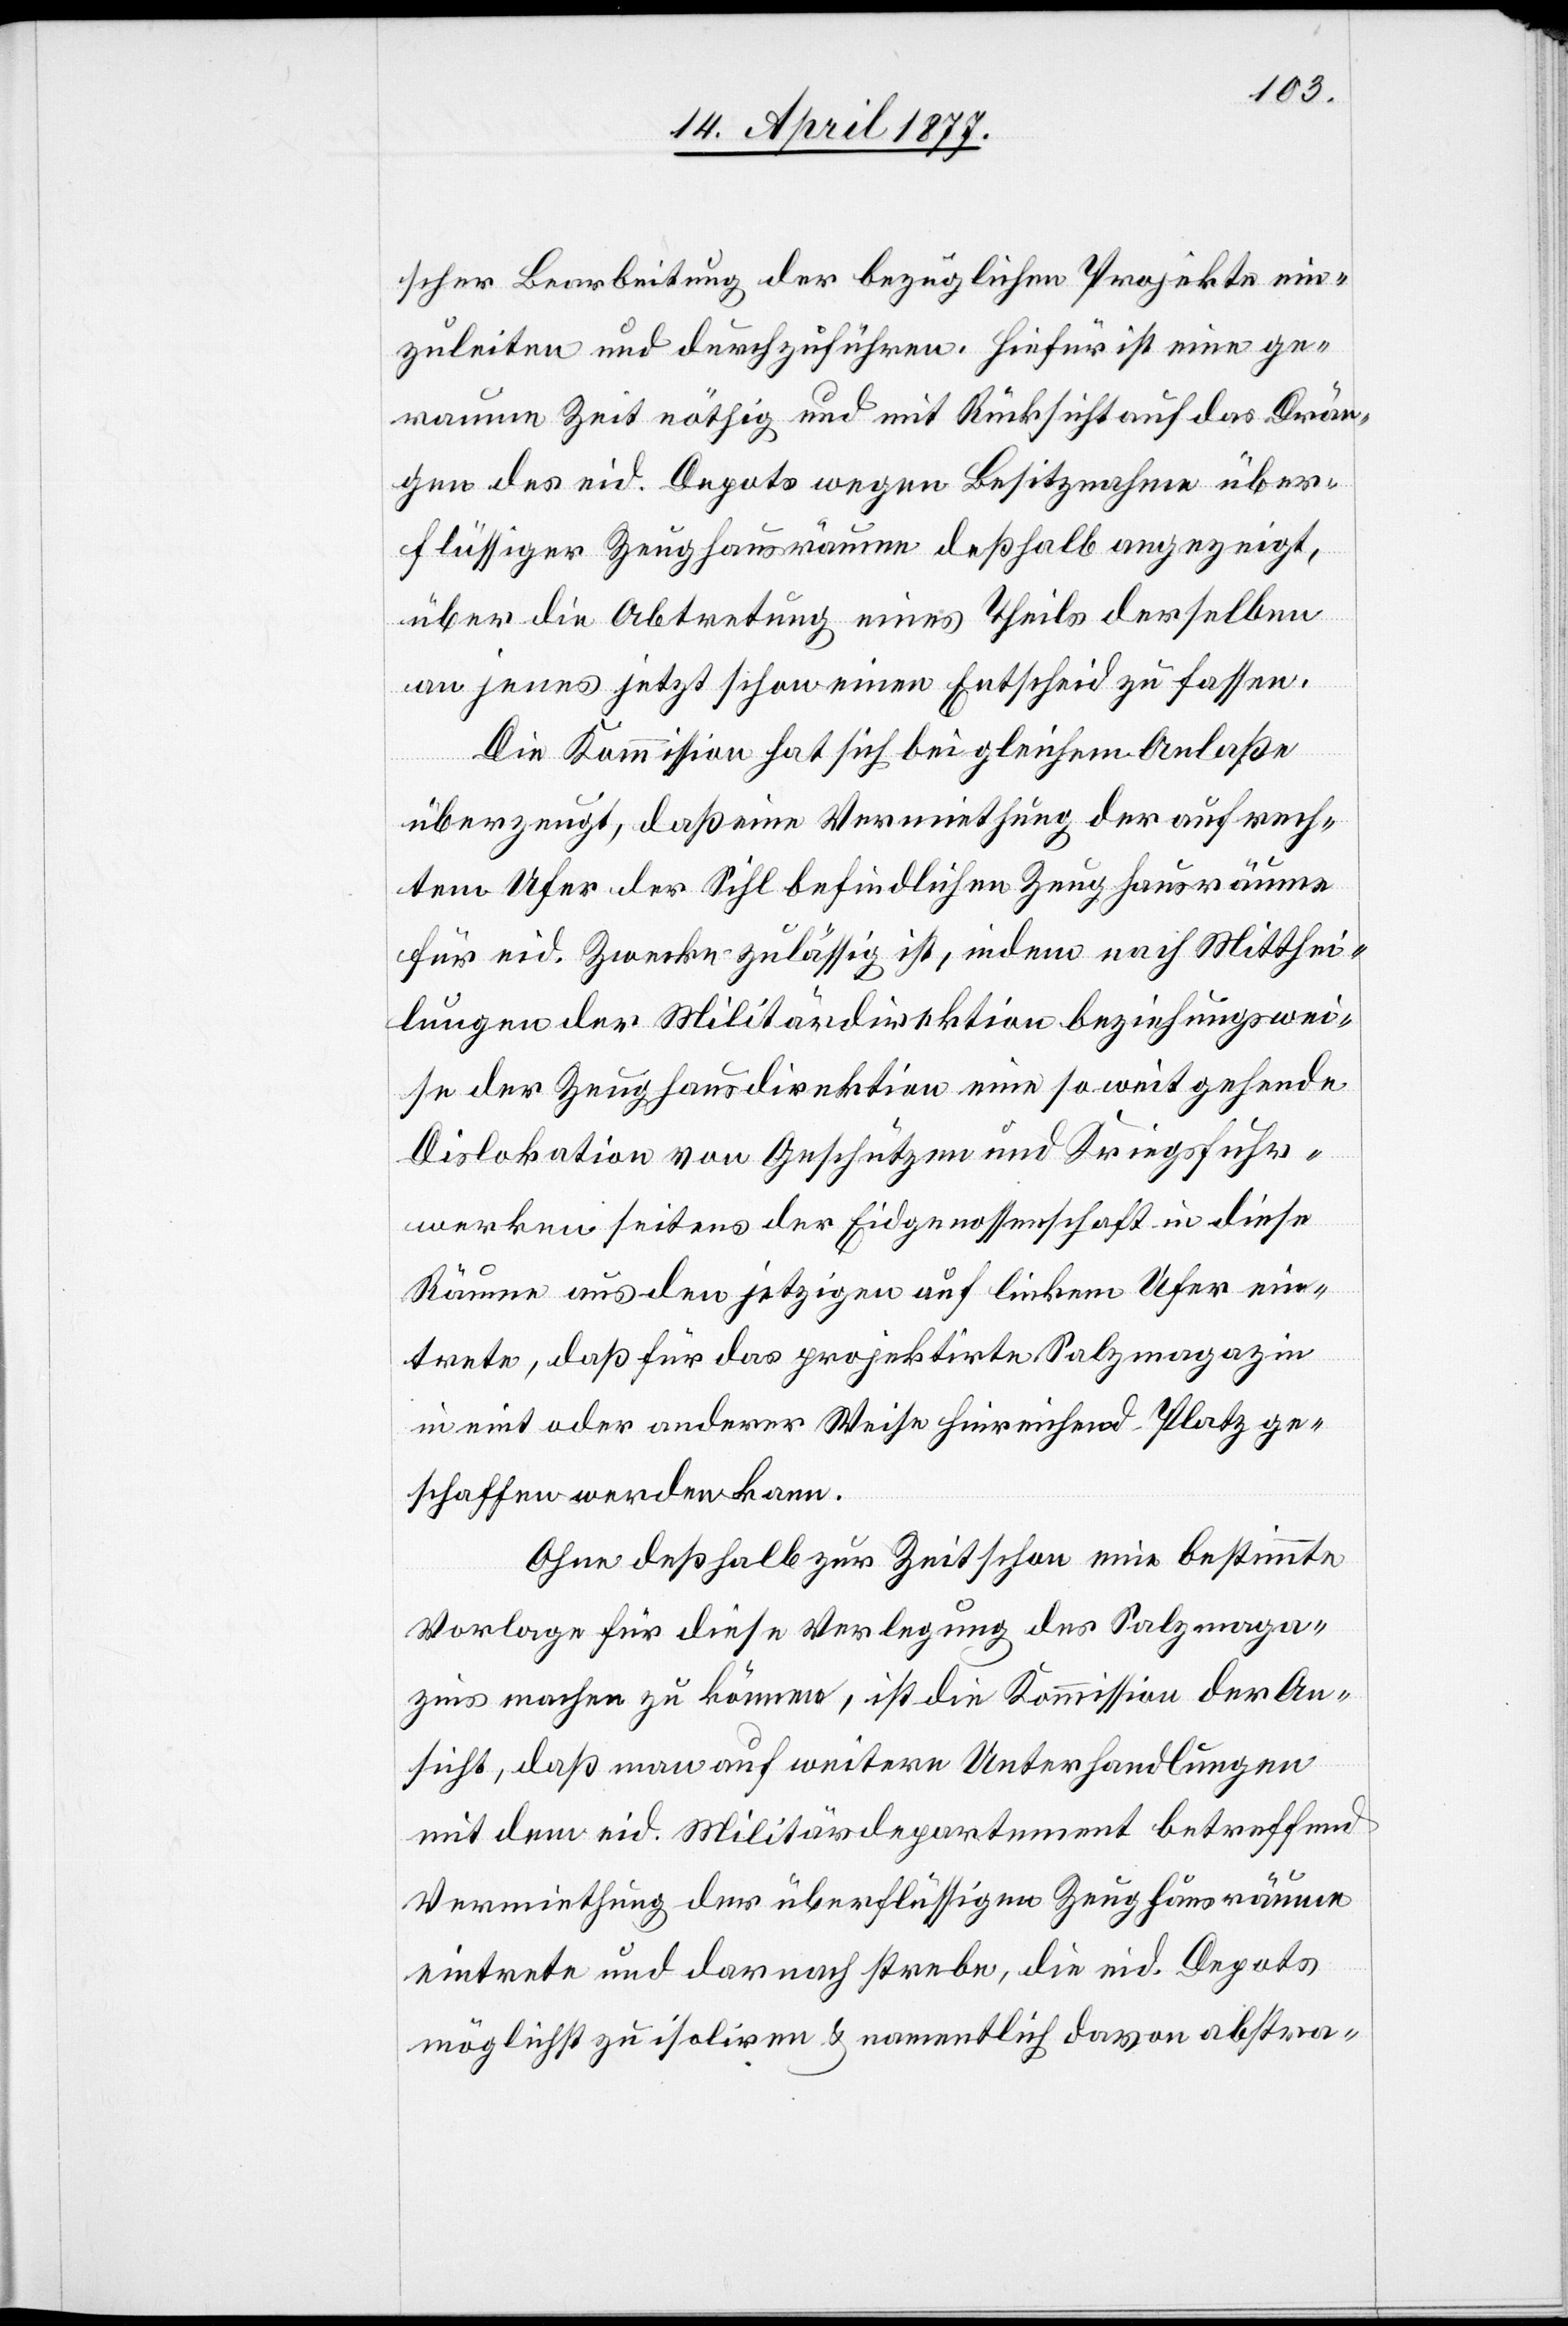
scher Bearbeitung der bezüglichen Projekte ein¬
zuleiten und durchzuführen. Hiefür ist eine ge¬
raume Zeit nöthig und mit Rücksicht auf das Drän¬
gen des eid. Depots wegen Besitznahme über¬
flüssiger Zeughausräume deßhalb angezeigt,
über die Abtretung eines Theils derselben
an jenes jetzt schon einen Entscheid zu fassen.
Die Kommission hat sich bei gleichem Anlaße
überzeugt, daß eine Vermiethung der auf rech¬
tem Ufer der Sihl befindlichen Zeughausräume
für eid. Zwecke zulässig ist, indem nach Mitthei¬
lungen der Militärdirektion beziehungswei¬
se der Zeughausdirektion eine so weit gehende
Dislokation von Geschützen und Kriegsfuhr¬
werken seitens der Eidgenossenschaft in diese
Räume aus den jetzigen auf linkem Ufer ein¬
trete, daß für das projektirte Salzmagazin
in eint oder anderer Weise hinreichend Platz ge¬
schaffen werden kann.
Ohne deßhalb zur Zeit schon eine bestimmte
Vorlage für diese Verlegung des Salzmaga¬
zins machen zu können, ist die Kommission der An¬
sicht, daß man auf weitere Unterhandlungen
mit dem eid. Militärdepartement betreffend
Vermiethung der überflüssigen Zeughausräume
eintrete und darnach strebe, die eid. Depots
möglichst zu isoliren & namentlich davon abstra-